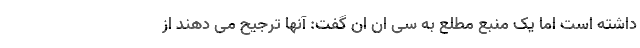
داشته است اما یک منبع مطلع به سی ان ان گفت: آنها ترجیح می دهند از